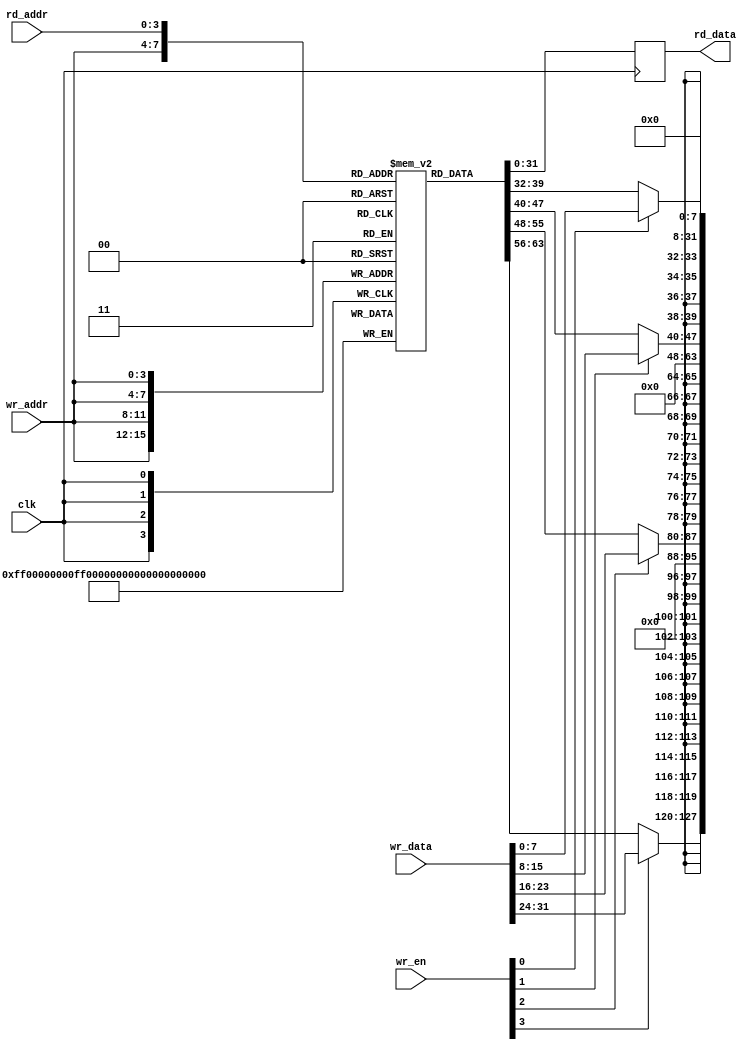
// Nocheck:
//
//  Yosys creates a memory with 2 read ports. One is Async and the other is
//  Sync. Not sure how to fabricate this.

module implicit_en(clk, rd_addr, rd_data, wr_addr, wr_en, wr_data);

input clk;

input [3:0] rd_addr;
output reg [31:0] rd_data;

input [3:0] wr_addr, wr_en;
input [31:0] wr_data;

reg [31:0] mem [0:15];

always @(posedge clk) begin
	mem[wr_addr][ 7: 0] <= wr_en[0] ? wr_data[ 7: 0] : mem[wr_addr][ 7: 0];
	mem[wr_addr][15: 8] <= wr_en[1] ? wr_data[15: 8] : mem[wr_addr][15: 8];
	mem[wr_addr][23:16] <= wr_en[2] ? wr_data[23:16] : mem[wr_addr][23:16];
	mem[wr_addr][31:24] <= wr_en[3] ? wr_data[31:24] : mem[wr_addr][31:24];
	rd_data <= mem[rd_addr];
end

endmodule